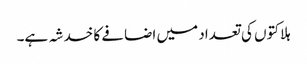
ہلاکتوں کی تعداد میں اضافے کا خدشہ ہے۔